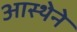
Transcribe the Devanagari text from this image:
आस्‍थेने